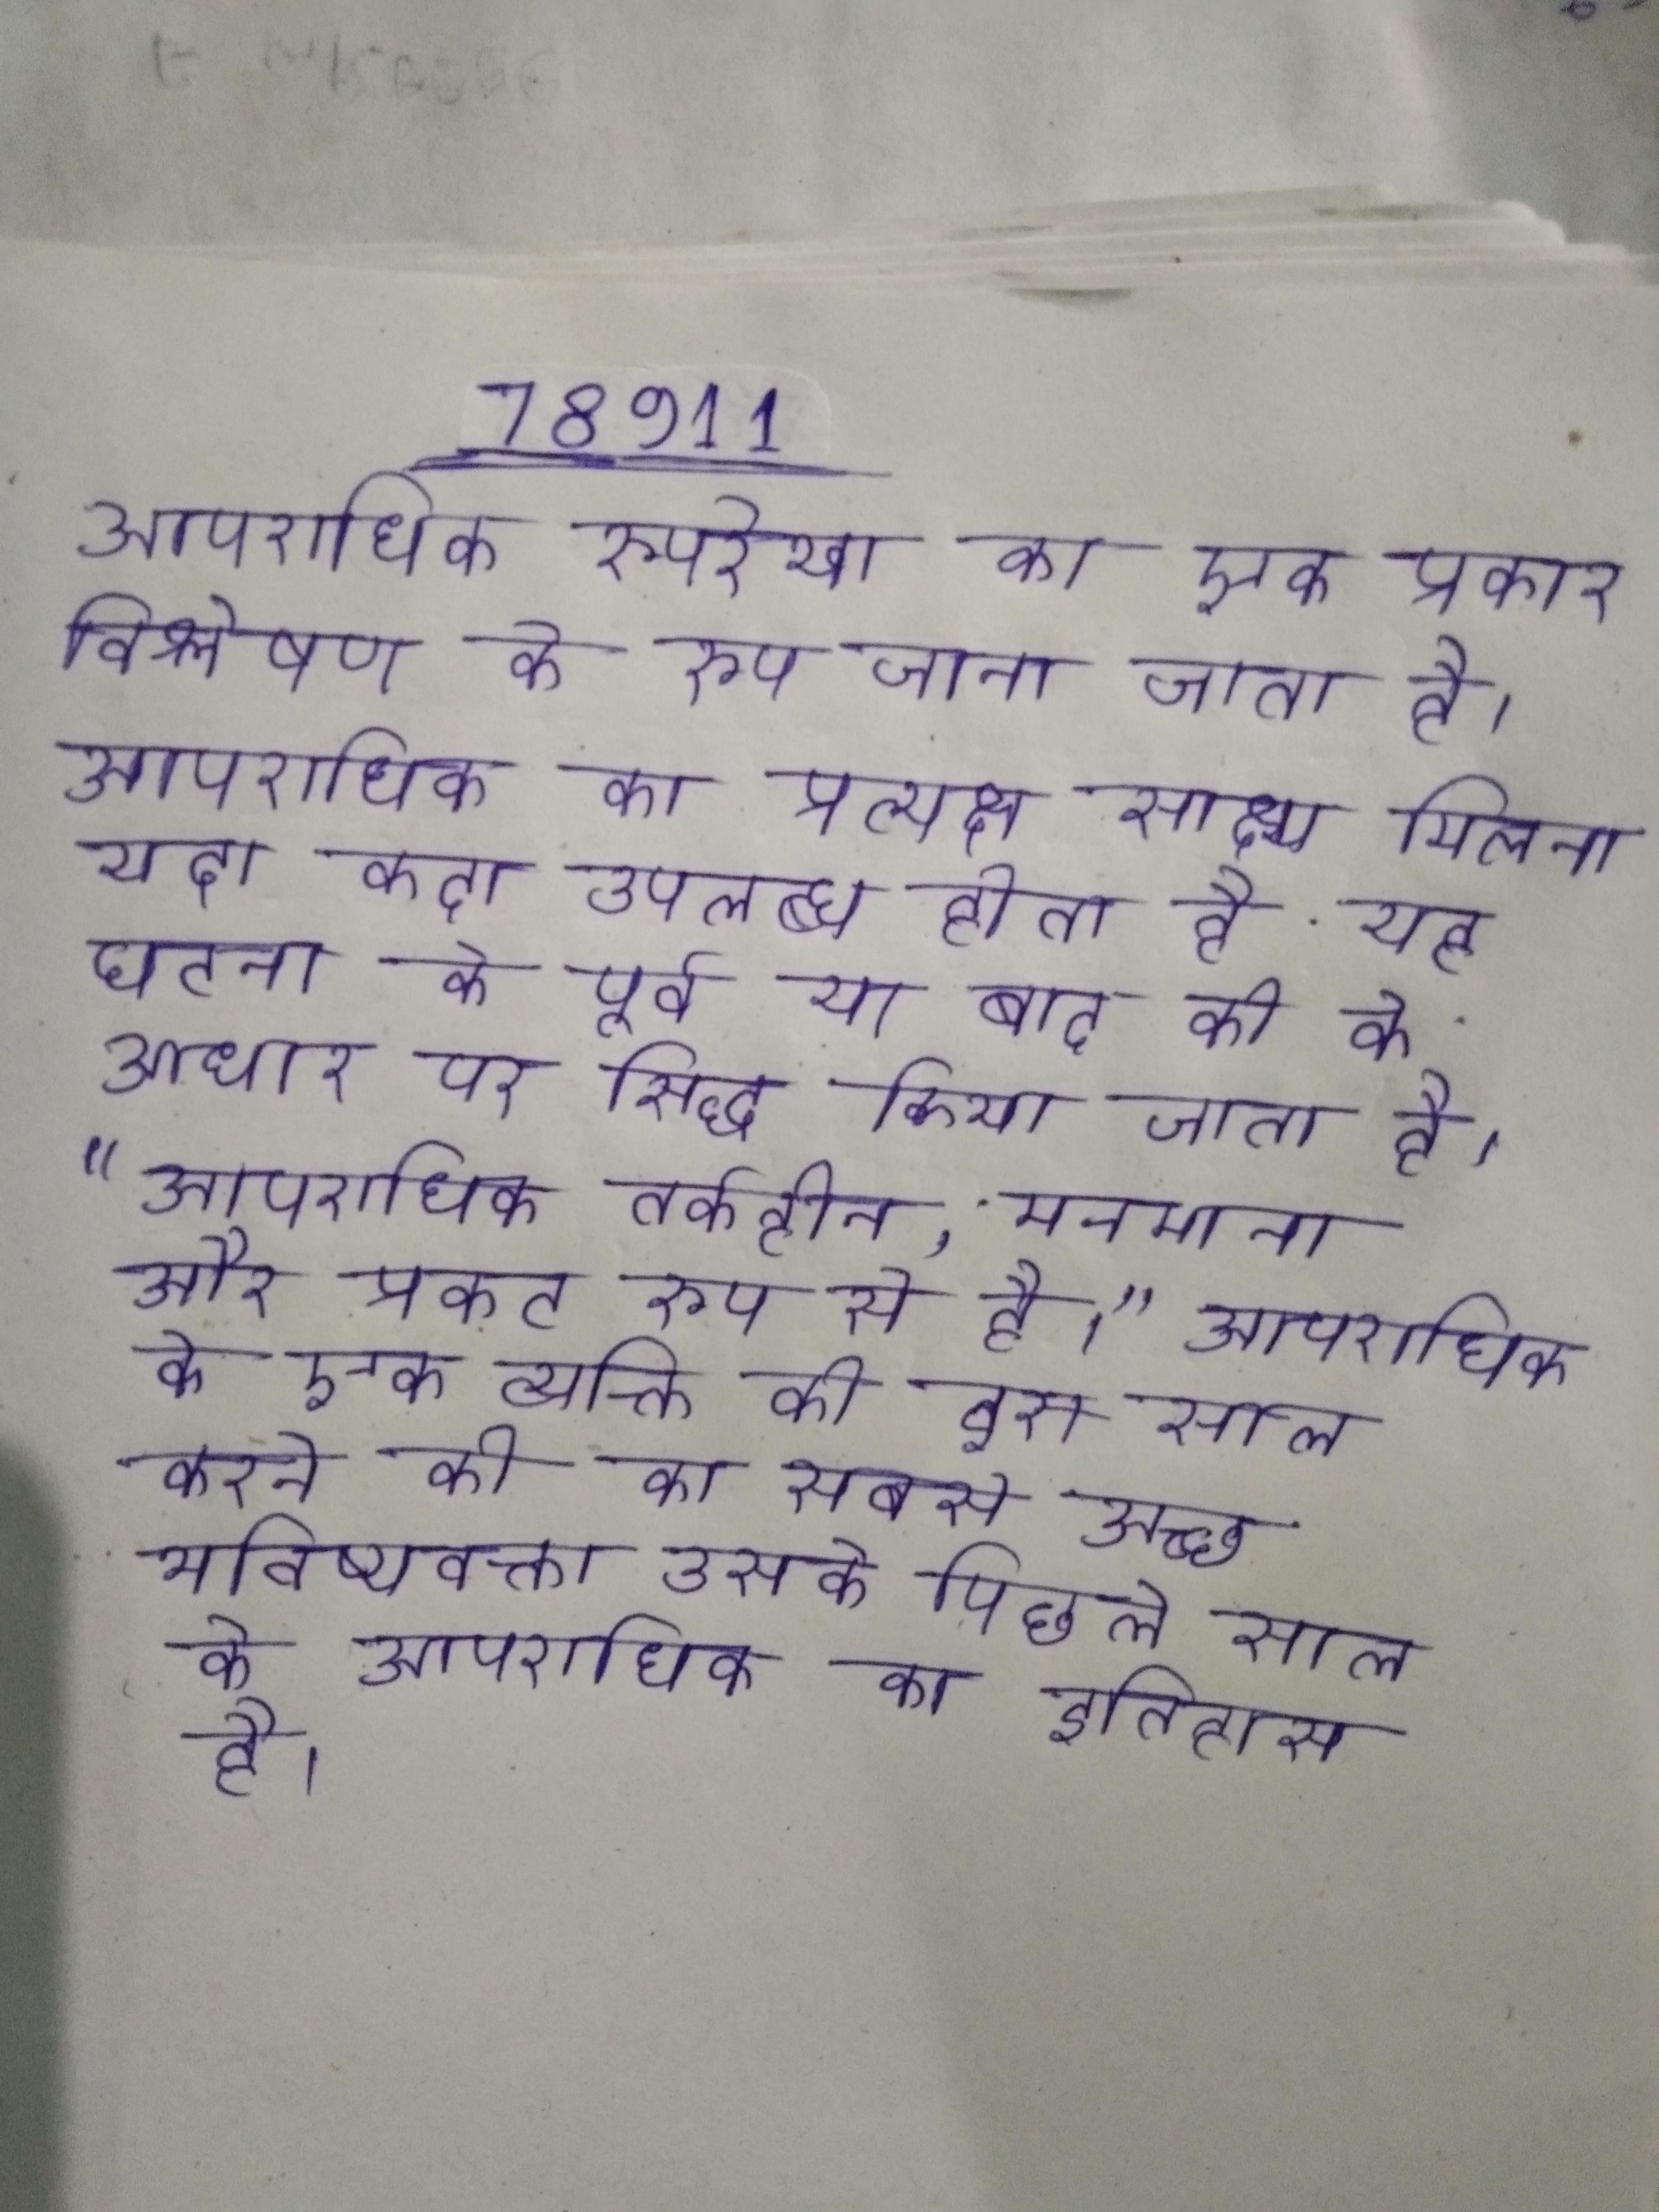
आपराधिक रूपरेखा का एक प्रकार विश्लेषण के रूप जाना जाता है । आपराधिक का प्रत्यक्ष साक्ष्य मिलना यदा कदा उपलब्ध होता है यह घटना के पूर्व या बाद की के आधार पर सिद्ध किया जाता है । "आपराधिक तर्कहीन, मनमाना और प्रकट रूप से है।" आपराधिक के एक व्यक्ति की इस साल करने की का सबसे अच्छा भविष्यवक्ता उसके पिछले साल के आपराधिक का इतिहास है ।